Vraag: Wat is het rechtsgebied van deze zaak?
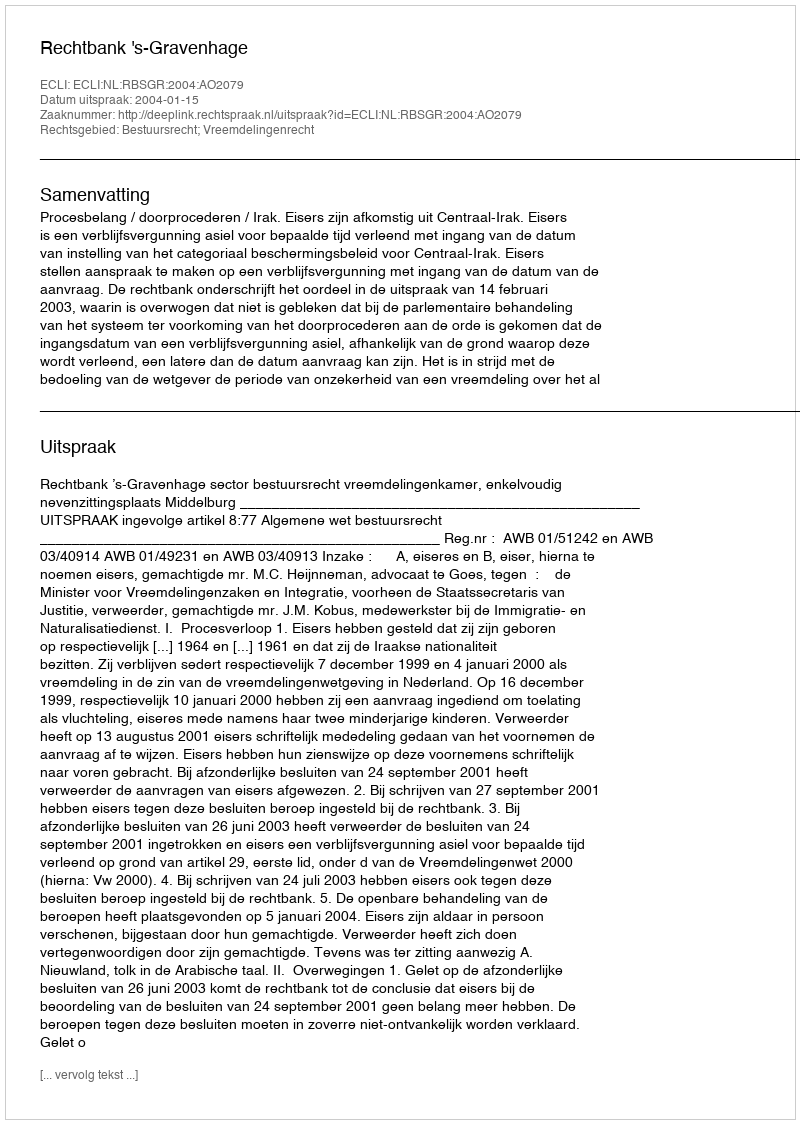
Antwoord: Bestuursrecht; Vreemdelingenrecht